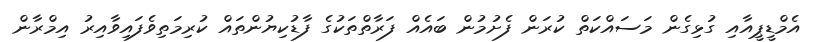
އެމްޑީޕީއާއި ގުޅިގެން މަސައްކަތް ކުރަން ފެށުމުން ބައެއް ފަރާތްތަކުގެ ފާޑުކިޔުންތައް ކުރިމަތިވެފައިވާއިރު އިމްރާން